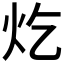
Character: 𪸏